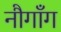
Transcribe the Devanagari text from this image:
नौगाँग